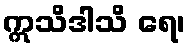
ဣသိဒါသိ ရေ၊